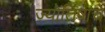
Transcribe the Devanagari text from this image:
ज्योतिषाचे